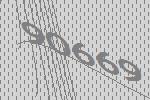
90669